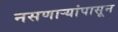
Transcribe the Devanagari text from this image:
नसणाऱ्यांपासून